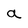
Character: a